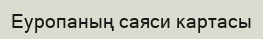
Еуропаның саяси картасы